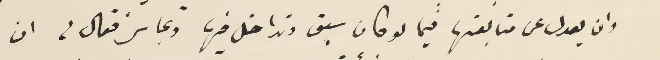
وان يعدل عن متابعتها فيما لو كان سبق وتداخل فيها وتجاسر فقال لى ان